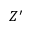
Z ^ { \prime }